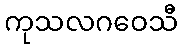
ကုသလဂဝေသီ